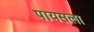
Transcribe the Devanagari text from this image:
पायसला